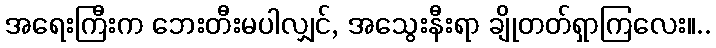
အရေးကြီးက ဘေးတီးမပါလျှင်, အသွေးနီးရာ ချိုတတ်ရှာကြလေး။..